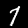
Digit: 7